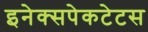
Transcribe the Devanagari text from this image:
इनेक्सपेकटेटस